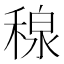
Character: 𥠘